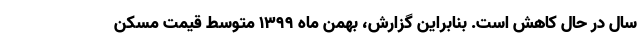
سال در حال کاهش است. بنابراین گزارش، بهمن ماه ۱۳۹۹ متوسط قیمت مسکن